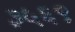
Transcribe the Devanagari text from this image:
३५६९